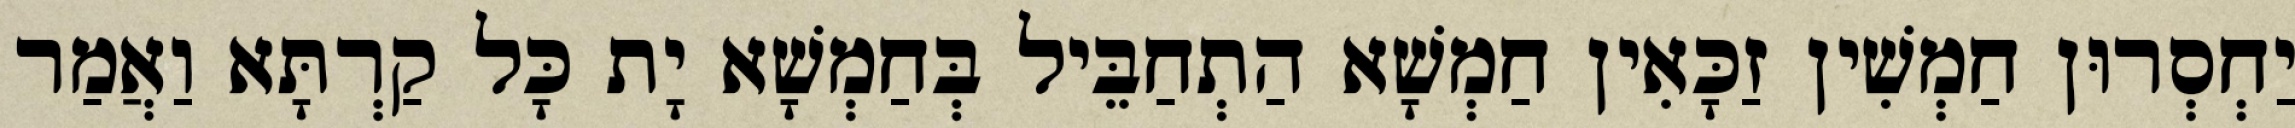
יַחְסְרוּן חַמְשִׁין זַכָּאִין חַמְשָׁא הַתְחַבֵּיל בְּחַמְשָׁא יָת כָּל קַרְתָּא וַאֲמַר